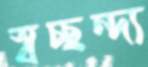
স্বচ্ছন্দ্য